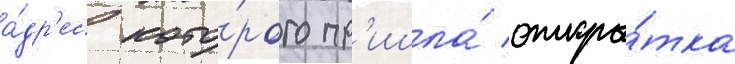
а́др'ес кото́рого пр'ишла́ откры́тка